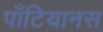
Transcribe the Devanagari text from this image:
पाँटियानस